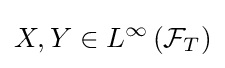
X,Y\in L^{\infty }\left({\mathcal {F}}_{T}\right)